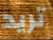
تريد